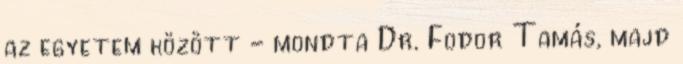
az egyetem között - mondta Dr. Fodor Tamás, majd